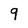
Character: 9